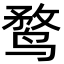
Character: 鹜